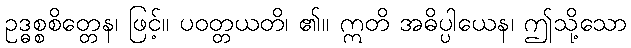
ဥဒ္ဓစ္စစိတ္တေန၊ ဖြင့်။ ပဝတ္တယတိ၊ ၏။ ဣတိ အဓိပ္ပါယေန၊ ဤသို့သော